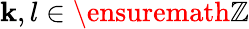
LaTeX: \mathbf{k},l\in\ensuremath{{\mathbb{{Z}}}}